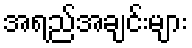
အရည်အချင်းများ